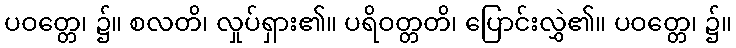
ပဝတ္တေ၊ ၌။ စလတိ၊ လှုပ်ရှား၏။ ပရိဝတ္တတိ၊ ပြောင်းလွှဲ၏။ ပဝတ္တေ၊ ၌။